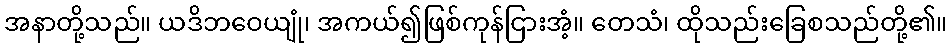
အနာတို့သည်။ ယဒိဘဝေယျုံ၊ အကယ်၍ဖြစ်ကုန်ငြားအံ့။ တေသံ၊ ထိုသည်းခြေစသည်တို့၏။